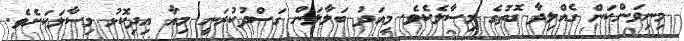
މިނިވަންކަން ގެއްލިދާ ގޮތުގެ މިސާލެކެވެ. މިއަދު ބަލާލަން ގަސްދުކުރަނީ މިއާ އިދިކޮޅު މިސާލަކަށެވެ.